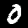
Digit: 0